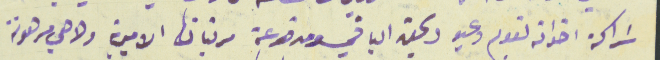
شراكة اخواته نعوم وعيد وبحق الباقي ومدفوعة مرتباتها الاميرية ولا هي مرهونة